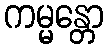
ကမ္မန္တော